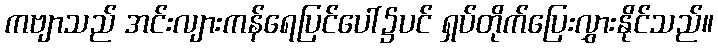
ကဗျာသည် အင်းလျားကန်ရေပြင်ပေါ်၌ပင် ရှပ်တိုက်ပြေးလွှားနိုင်သည်။